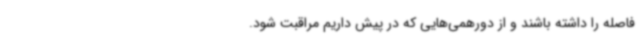
فاصله را داشته باشند و از دورهمی‌هایی که در پیش داریم مراقبت شود.